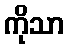
ကိုသာ